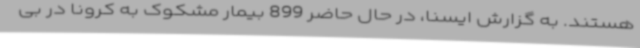
هستند. به گزارش ایسنا، در حال حاضر 899 بیمار مشکوک به کرونا در بی